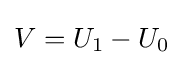
V=U_{1}-U_{0}